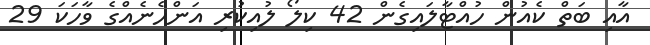
އާއި ބަތް ކެއުން ހުއްޓާލައިގެން 42 ކިލޯ ލުއިކުރި އަންހެނެއްގެ ވާހަކަ 29